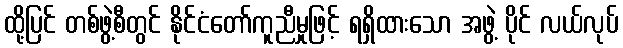
ထို့ပြင် တစ်ဖွဲ့စီတွင် နိုင်ငံတော်ကူညီမှုဖြင့် ရရှိထားသော အဖွဲ့ ပိုင် လယ်လုပ်